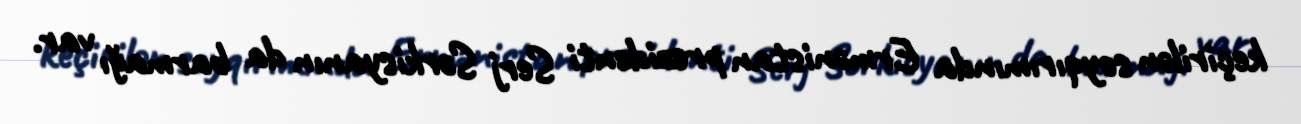
keçirilən soyqırımında Ermənistan prezidenti Serj Sərkisyanın da barmağı var.